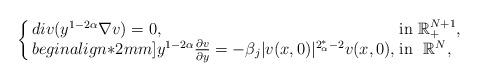
LaTeX: \begin{align*}\left\{ \arraycolsep=1.5pt\begin{array}{lll}div(y^{1-2\alpha}\nabla v) = 0, & {\rm in}\ \mathbb{R}^{N+1}_+,\\begin{align*}2mm]y^{1-2\alpha}\frac {\partial v}{\partial y} = - \beta_j|v(x,0)|^{2^*_\alpha-2}v(x,0), & {\rm in}\ \ \mathbb{R}^N, \end{array} \right. \end{align*}